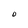
Character: O